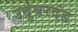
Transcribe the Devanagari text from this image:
उदुंबरदंड